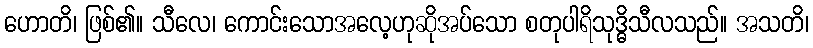
ဟောတိ၊ ဖြစ်၏။ သီလေ၊ ကောင်းသောအလေ့ဟုဆိုအပ်သော စတုပါရိသုဒ္ဓိသီလသည်။ အသတိ၊